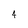
Character: 4